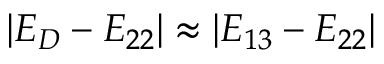
| E _ { D } - E _ { 2 2 } | \approx | E _ { 1 3 } - E _ { 2 2 } |